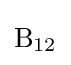
{\mathrm {B} {\vphantom {A}}_{\smash[{t}]{12}}}